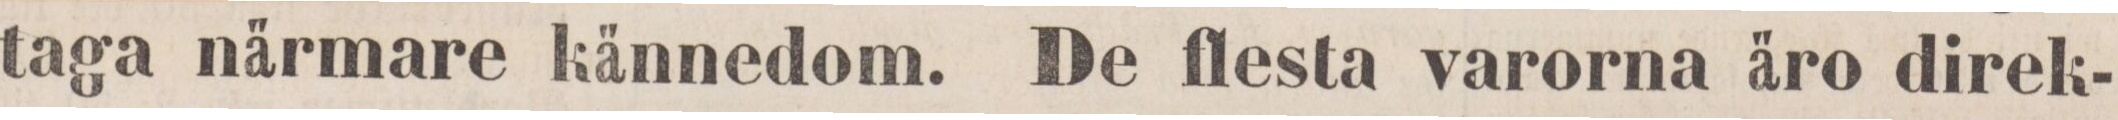
taga närmare kännedom. De flesta varorna äro direk-